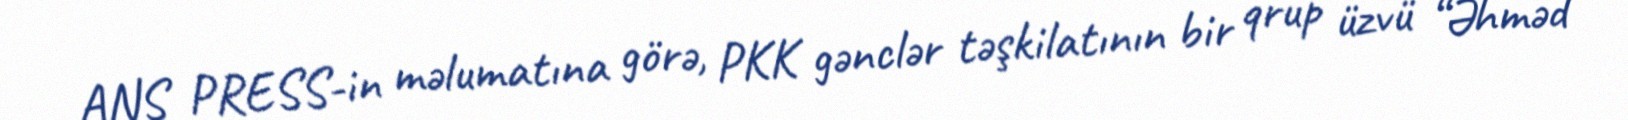
ANS PRESS-in məlumatına görə, PKK gənclər təşkilatının bir qrup üzvü “Əhməd